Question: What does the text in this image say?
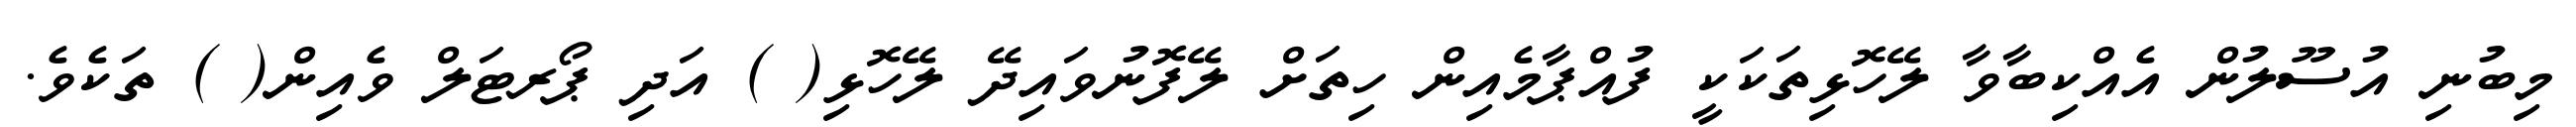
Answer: މިބުނި އުސޫލުން އެއްކިބާވާ ލޭހޮޅިތަކަކީ ފުއްޕާމެއިން ހިތަށް ލޭފޮނުވައިދޭ ލޭހޮޅި( ) އަދި ޕޯރޓަލް ވެއިން( ) ތަކެވެ.